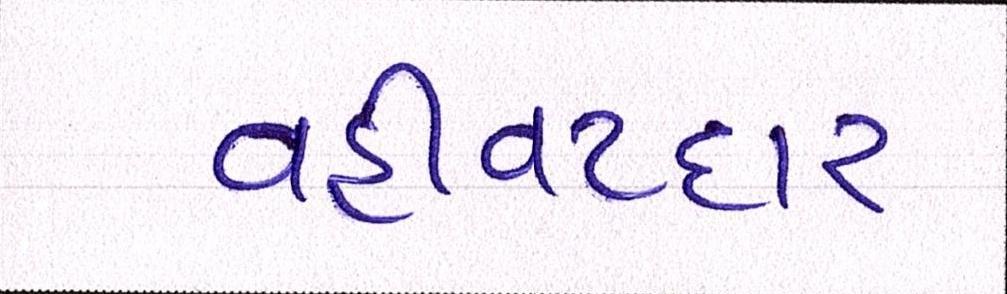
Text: વહીવટદાર